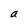
Character: a